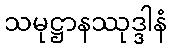
သမုဋ္ဌာနဿုဒ္ဒါနံ